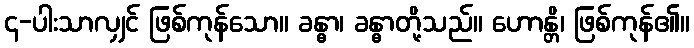
၄-ပါးသာလျှင် ဖြစ်ကုန်သော။ ခန္ဓာ၊ ခန္ဓာတို့သည်။ ဟောန္တိ၊ ဖြစ်ကုန်၏။